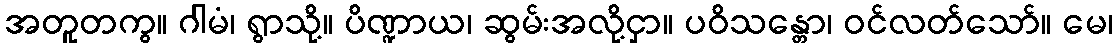
အတူတကွ။ ဂါမံ၊ ရွာသို့။ ပိဏ္ဍာယ၊ ဆွမ်းအလို့ငှာ။ ပဝိသန္တော၊ ဝင်လတ်သော်။ မေ၊